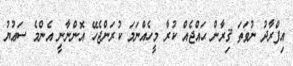
އިފްރާދު ނުވަތަ ޤިރާން ޙައްޖެއް ކުރާ މީހެއްނަމަ ކުރަންޖެހޭ އޮންނާނީ އެންމެ ސަޢުޔު